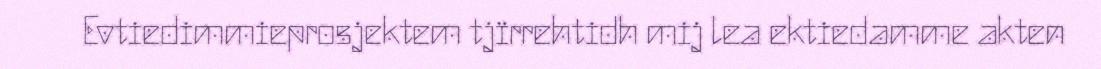
Evtiedimmieprosjektem tjïrrehtidh mij lea ektiedamme akten